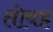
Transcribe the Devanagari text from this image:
तोवह